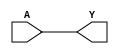
`timescale 10ns/1ps

module BUF(A, Y);
input A;
output Y;
//assign #(0.2) Y = A;
assign Y = A;
endmodule

module NOT(A, Y);
input A;
output Y;
//assign #(0.2) Y = ~A;
assign Y = ~A;
endmodule

module NAND(A, B, Y);
input A, B;
output Y;
//assign #(0.2) Y = ~(A & B);
assign Y = ~(A & B);
endmodule

module NOR(A, B, Y);
input A, B;
output Y;
//assign #(0.2) Y = ~(A | B);
assign Y = ~(A | B);
endmodule

/* resto de la biblioteca */